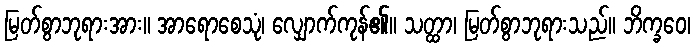
မြတ်စွာဘုရားအား။ အာရောစေသုံ၊ လျှောက်ကုန်၏။ သတ္ထာ၊ မြတ်စွာဘုရားသည်။ ဘိက္ခဝေ၊